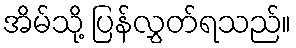
အိမ်သို့ ပြန်လွှတ်ရသည်။